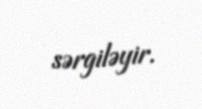
sərgiləyir.